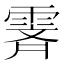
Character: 𬰁